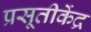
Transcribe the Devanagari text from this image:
प्रसूतीकेंद्र